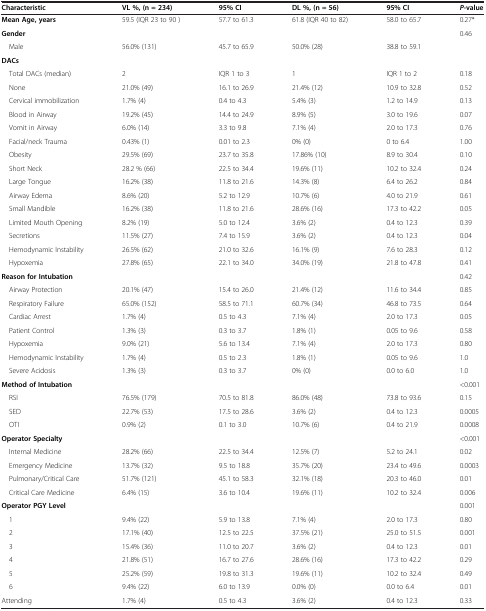
<table><thead><tr><td><b>Characteristic</b></td><td><b>VL %, (n = 234)</b></td><td><b>95% CI</b></td><td><b>DL %, (n = 56)</b></td><td><b>95% CI</b></td><td><b><i>P</i>-value</b></td></tr></thead><tbody><tr><td><b>Mean Age, years</b></td><td>59.5 (IQR 23 to 90 )</td><td>57.7 to 61.3</td><td>61.8 (IQR 40 to 82)</td><td>58.0 to 65.7</td><td>0.27*</td></tr><tr><td><b>Gender</b></td><td> </td><td> </td><td> </td><td> </td><td rowspan="2">0.46</td></tr><tr><td> Male</td><td>56.0% (131)</td><td>45.7 to 65.9</td><td>50.0% (28)</td><td>38.8 to 59.1</td></tr><tr><td><b>DACs</b></td><td> </td><td> </td><td> </td><td> </td><td> </td></tr><tr><td> Total DACs (median)</td><td>2</td><td>IQR 1 to 3</td><td>1</td><td>IQR 1 to 2</td><td>0.18</td></tr><tr><td> None</td><td>21.0% (49)</td><td>16.1 to 26.9</td><td>21.4% (12)</td><td>10.9 to 32.8</td><td>0.52</td></tr><tr><td> Cervical immobilization</td><td>1.7% (4)</td><td>0.4 to 4.3</td><td>5.4% (3)</td><td>1.2 to 14.9</td><td>0.13</td></tr><tr><td> Blood in Airway</td><td>19.2% (45)</td><td>14.4 to 24.9</td><td>8.9% (5)</td><td>3.0 to 19.6</td><td>0.07</td></tr><tr><td> Vomit in Airway</td><td>6.0% (14)</td><td>3.3 to 9.8</td><td>7.1% (4)</td><td>2.0 to 17.3</td><td>0.76</td></tr><tr><td> Facial/neck Trauma</td><td>0.43% (1)</td><td>0.01 to 2.3</td><td>0% (0)</td><td>0 to 6.4</td><td>1.00</td></tr><tr><td> Obesity</td><td>29.5% (69)</td><td>23.7 to 35.8</td><td>17.86% (10)</td><td>8.9 to 30.4</td><td>0.10</td></tr><tr><td> Short Neck</td><td>28.2 % (66)</td><td>22.5 to 34.4</td><td>19.6% (11)</td><td>10.2 to 32.4</td><td>0.24</td></tr><tr><td> Large Tongue</td><td>16.2% (38)</td><td>11.8 to 21.6</td><td>14.3% (8)</td><td>6.4 to 26.2</td><td>0.84</td></tr><tr><td> Airway Edema</td><td>8.6% (20)</td><td>5.2 to 12.9</td><td>10.7% (6)</td><td>4.0 to 21.9</td><td>0.61</td></tr><tr><td> Small Mandible</td><td>16.2% (38)</td><td>11.8 to 21.6</td><td>28.6% (16)</td><td>17.3 to 42.2</td><td>0.05</td></tr><tr><td> Limited Mouth Opening</td><td>8.2% (19)</td><td>5.0 to 12.4</td><td>3.6% (2)</td><td>0.4 to 12.3</td><td>0.39</td></tr><tr><td> Secretions</td><td>11.5% (27)</td><td>7.4 to 15.9</td><td>3.6% (2)</td><td>0.4 to 12.3</td><td>0.04</td></tr><tr><td> Hemodynamic Instability</td><td>26.5% (62)</td><td>21.0 to 32.6</td><td>16.1% (9)</td><td>7.6 to 28.3</td><td>0.12</td></tr><tr><td> Hypoxemia</td><td>27.8% (65)</td><td>22.1 to 34.0</td><td>34.0% (19)</td><td>21.8 to 47.8</td><td>0.41</td></tr><tr><td><b>Reason for Intubation</b></td><td> </td><td> </td><td> </td><td> </td><td>0.42</td></tr><tr><td> Airway Protection</td><td>20.1% (47)</td><td>15.4 to 26.0</td><td>21.4% (12)</td><td>11.6 to 34.4</td><td>0.85</td></tr><tr><td> Respiratory Failure</td><td>65.0% (152)</td><td>58.5 to 71.1</td><td>60.7% (34)</td><td>46.8 to 73.5</td><td>0.64</td></tr><tr><td> Cardiac Arrest</td><td>1.7% (4)</td><td>0.5 to 4.3</td><td>7.1% (4)</td><td>2.0 to 17.3</td><td>0.05</td></tr><tr><td> Patient Control</td><td>1.3% (3)</td><td>0.3 to 3.7</td><td>1.8% (1)</td><td>0.05 to 9.6</td><td>0.58</td></tr><tr><td> Hypoxemia</td><td>9.0% (21)</td><td>5.6 to 13.4</td><td>7.1% (4)</td><td>2.0 to 17.3</td><td>0.80</td></tr><tr><td> Hemodynamic Instability</td><td>1.7% (4)</td><td>0.5 to 2.3</td><td>1.8% (1)</td><td>0.05 to 9.6</td><td>1.0</td></tr><tr><td> Severe Acidosis</td><td>1.3% (3)</td><td>0.3 to 3.7</td><td>0% (0)</td><td>0.0 to 6.0</td><td>1.0</td></tr><tr><td><b>Method of Intubation</b></td><td> </td><td> </td><td> </td><td> </td><td>&lt;0.001</td></tr><tr><td> RSI</td><td>76.5% (179)</td><td>70.5 to 81.8</td><td>86.0% (48)</td><td>73.8 to 93.6</td><td>0.15</td></tr><tr><td> SED</td><td>22.7% (53)</td><td>17.5 to 28.6</td><td>3.6% (2)</td><td>0.4 to 12.3</td><td>0.0005</td></tr><tr><td> OTI</td><td>0.9% (2)</td><td>0.1 to 3.0</td><td>10.7% (6)</td><td>0.4 to 21.9</td><td>0.0008</td></tr><tr><td><b>Operator Specialty</b></td><td> </td><td> </td><td> </td><td> </td><td>&lt;0.001</td></tr><tr><td> Internal Medicine</td><td>28.2% (66)</td><td>22.5 to 34.4</td><td>12.5% (7)</td><td>5.2 to 24.1</td><td>0.02</td></tr><tr><td> Emergency Medicine</td><td>13.7% (32)</td><td>9.5 to 18.8</td><td>35.7% (20)</td><td>23.4 to 49.6</td><td>0.0003</td></tr><tr><td> Pulmonary/Critical Care</td><td>51.7% (121)</td><td>45.1 to 58.3</td><td>32.1% (18)</td><td>20.3 to 46.0</td><td>0.01</td></tr><tr><td> Critical Care Medicine</td><td>6.4% (15)</td><td>3.6 to 10.4</td><td>19.6% (11)</td><td>10.2 to 32.4</td><td>0.006</td></tr><tr><td><b>Operator PGY Level</b></td><td> </td><td> </td><td> </td><td> </td><td>0.001</td></tr><tr><td> 1</td><td>9.4% (22)</td><td>5.9 to 13.8</td><td>7.1% (4)</td><td>2.0 to 17.3</td><td>0.80</td></tr><tr><td> 2</td><td>17.1% (40)</td><td>12.5 to 22.5</td><td>37.5% (21)</td><td>25.0 to 51.5</td><td>0.001</td></tr><tr><td> 3</td><td>15.4% (36)</td><td>11.0 to 20.7</td><td>3.6% (2)</td><td>0.4 to 12.3</td><td>0.01</td></tr><tr><td> 4</td><td>21.8% (51)</td><td>16.7 to 27.6</td><td>28.6% (16)</td><td>17.3 to 42.2</td><td>0.29</td></tr><tr><td> 5</td><td>25.2% (59)</td><td>19.8 to 31.3</td><td>19.6% (11)</td><td>10.2 to 32.4</td><td>0.49</td></tr><tr><td> 6</td><td>9.4% (22)</td><td>6.0 to 13.9</td><td>0.0% (0)</td><td>0.0 to 6.4</td><td>0.01</td></tr><tr><td>Attending</td><td>1.7% (4)</td><td>0.5 to 4.3</td><td>3.6% (2)</td><td>0.4 to 12.3</td><td>0.33</td></tr></tbody></table>